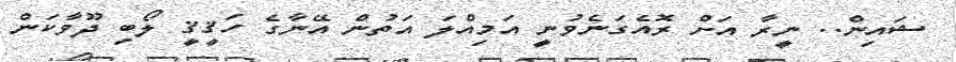
ޝައިން.. ނީރާ އަށް ރޮއެގަނެވުނީ އަމިއްލަ އަތުން އޭނާގެ ހަޤީޤީ ލޯބި ދޫވާކަން